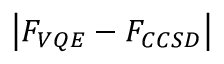
\left| F _ { V Q E } - F _ { C C S D } \right|